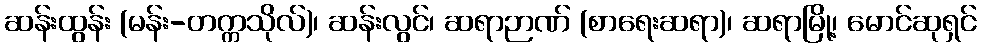
ဆန်းထွန်း (မန်း-တက္ကသိုလ်)၊ ဆန်းလွင်၊ ဆရာဉာဏ် (စာရေးဆရာ)၊ ဆရာမြို့၊ မောင်ဆုရှင်